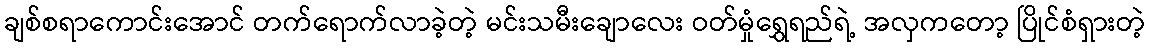
ချစ်စရာကောင်းအောင် တက်ရောက်လာခဲ့တဲ့ မင်းသမီးချောလေး ဝတ်မှုံရွှေရည်ရဲ့ အလှကတော့ ပြိုင်စံရှားတဲ့